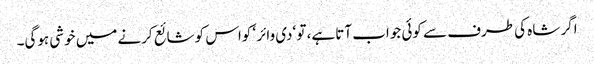
اگر شاہ کی طرف سے کوئی جواب آتا ہے، تو ‘دی وائر ‘ کواس کو شائع کرنے میں خوشی ہوگی۔